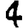
Digit: 4